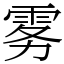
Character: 雾